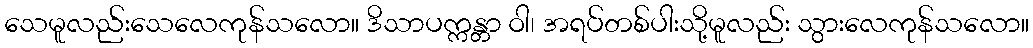
သေမူလည်းသေလေကုန်သလော။ ဒိသာပက္ကန္တာ ဝါ၊ အရပ်တစ်ပါးသို့မူလည်း သွားလေကုန်သလော။